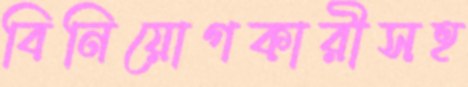
বিনিয়োগকারীসহ